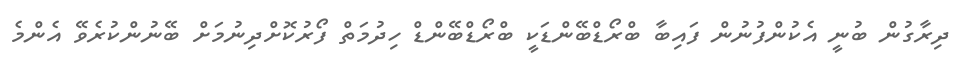
ދިރާގުން ބުނީ އެކުންފުނުން ފައިބާ ބްރޯޑްބޭންޑަކީ ބްރޯޑްބޭންޑް ހިދުމަތް ފޯރުކޮށްދިނުމަށް ބޭނުންކުރެވޭ އެންމެ